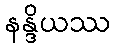
နန္ဒိယဿ